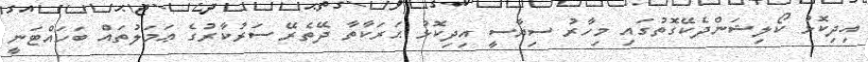
އިދިކޮޅު ކޯލިޝަންދެކޭގޮތުގައި މިހާރު ސިޔާސީ އިދިކޮޅު ޙަރަކާތާ ދޭތެރޭ ސަރުކާރުގެ ޢަމަލުތައް ބަހައްޓަނީ